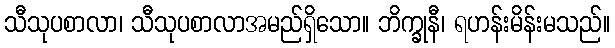
သီသုပစာလာ၊ သီသုပစာလာအမည်ရှိသော။ ဘိက္ခုနီ၊ ရဟန်းမိန်းမသည်။